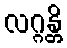
လဂ္ဂန္တိ